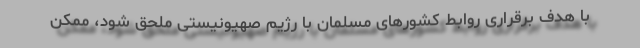
با هدف برقراری روابط کشورهای مسلمان با رژیم صهیونیستی ملحق شود، ممکن